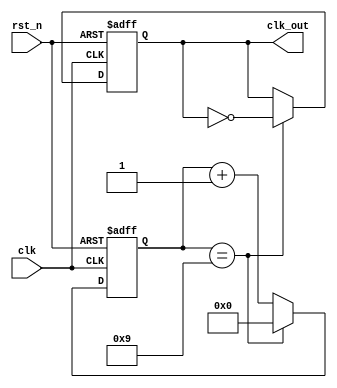
//
//N=1------------
//N=2------------

module fenpin #(  
parameter N = 10,  
    WIDTH = 7  
)  
(  
    input clk,  
    input rst_n,  
    output reg clk_out  
    );  
  
reg [WIDTH:0]counter;  
always @(posedge clk or negedge rst_n) begin  
    if (!rst_n) begin  
        // reset  
        counter <= 0;  
    end  
    else if (counter == N-1) begin  
        counter <= 0;  
    end  
    else begin  
        counter <= counter + 1;  
    end  
end  
  
always @(posedge clk or negedge rst_n) begin  
    if (!rst_n) begin  
        // reset  
        clk_out <= 0;  
    end  
    else if (counter == N-1) begin  
        clk_out <= !clk_out;  
    end  
end  
  
endmodule